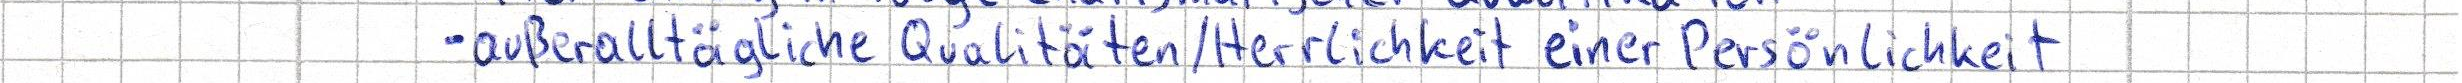
- außeralltägliche Qualitäten / Herrlichkeit einer Persönlichkeit